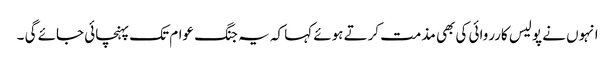
انہوں نے پولیس کارروائی کی بھی مذمت کرتے ہوئے کہا کہ یہ جنگ عوام تک پہنچائی جائے گی ۔